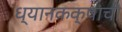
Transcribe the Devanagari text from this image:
ध्यानकक्षाची